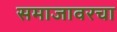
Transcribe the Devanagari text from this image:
समाजावरचा